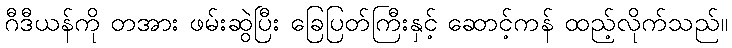
ဂီဒီယန်ကို တအား ဖမ်းဆွဲပြီး ခြေပြတ်ကြီးနှင့် ဆောင့်ကန် ထည့်လိုက်သည်။